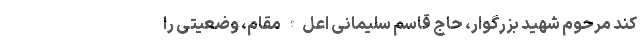
کند مرحوم شهید بزرگوار، حاج قاسم سلیمانی اعل‌الله مقام، وضعیتی را